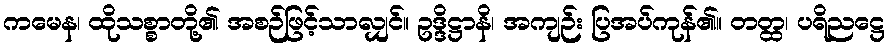
ကမေန၊ ထိုသစ္စာတို့၏ အစဉ်ဖြင့်သာလျှင်။ ဥဒ္ဒိဋ္ဌာနိ၊ အကျဉ်း ပြအပ်ကုန်၏။ တတ္ထ၊ ပရိညဋ္ဌေ